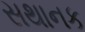
સથાનક